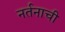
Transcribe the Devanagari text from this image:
नर्तनाची